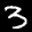
Label: 3